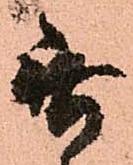
無